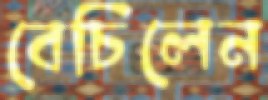
বেচিলেন